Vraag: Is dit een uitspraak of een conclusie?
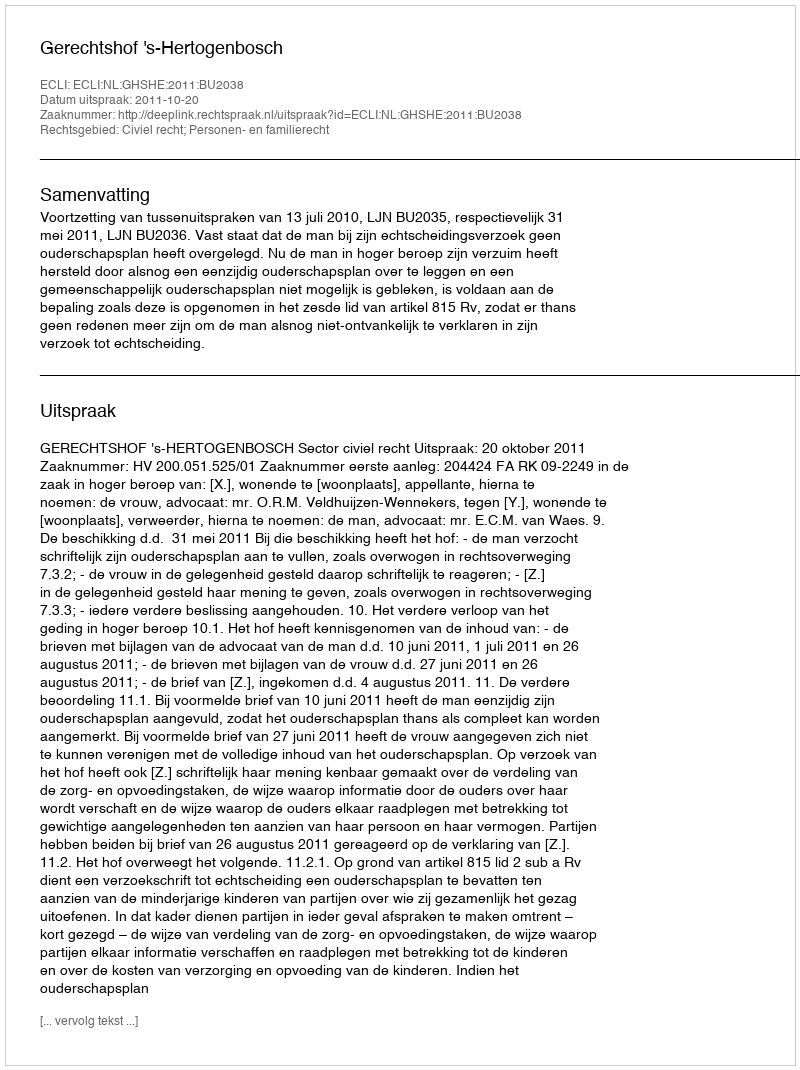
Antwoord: Uitspraak